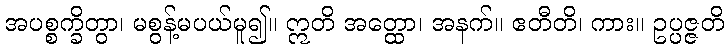
အပစ္စက္ခိတွာ၊ မစွန့်မပယ်မူ၍။ ဣတိ အတ္ထော၊ အနက်။ ဧတီတိ၊ ကား။ ဥပ္ပဇ္ဇတိ